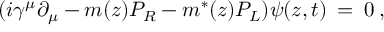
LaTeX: ( i \gamma ^ { \mu } \partial _ { \mu } - m ( z ) P _ { R } - m ^ { * } ( z ) P _ { L } ) \psi ( z , t ) \: = \: 0 \: ,